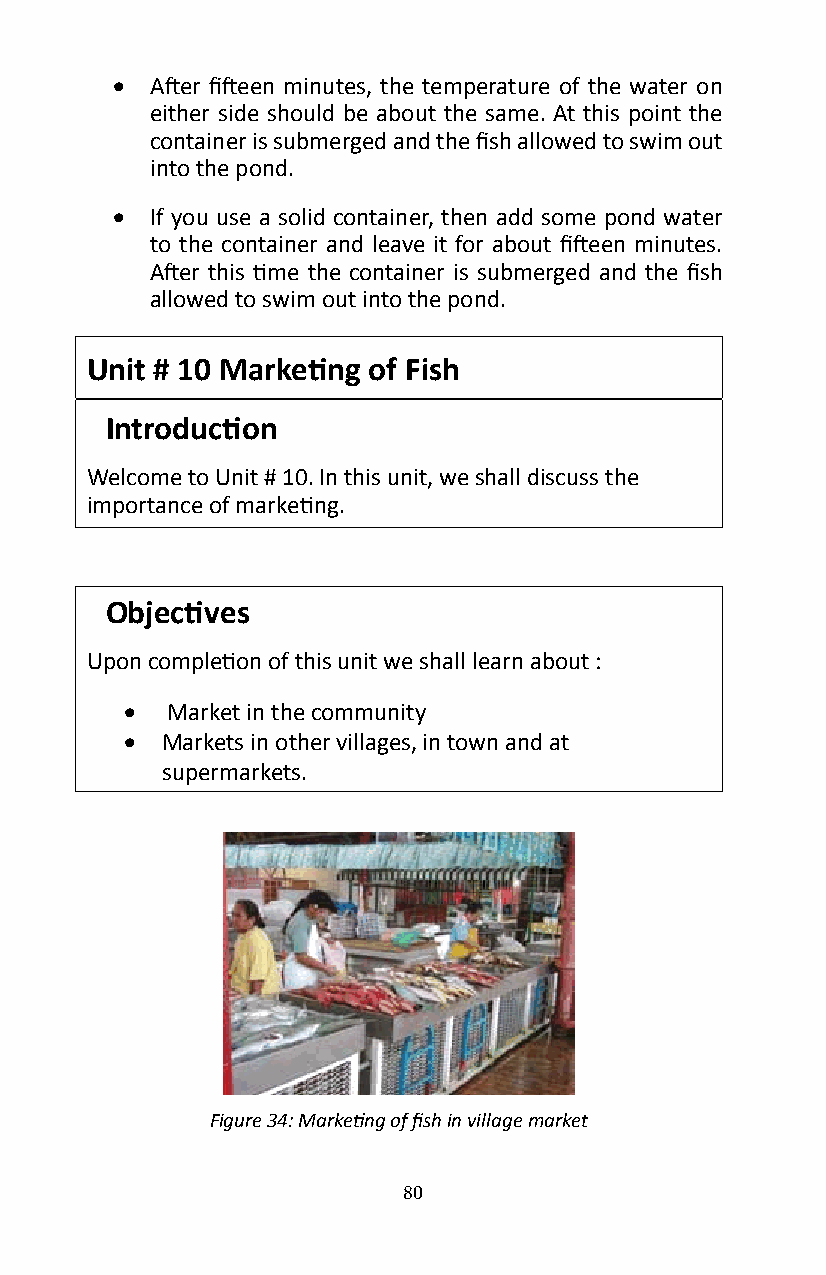
•  After fifteen minutes, the temperature of the water on
 either side should be about the same� At this point the
 container is submerged and the fish allowed to swim out
 into the pond�
 •  If you use a solid container, then add some pond water
 to the container and leave it for about fifteen minutes.
 After this time the container is submerged and the fish
 allowed to swim out into the pond�
 Unit # 10 Marketing of Fish
 Introduction
 Welcome to Unit # 10� In this unit, we shall discuss the
 importance of marketing.
 Objectives
 Upon completion of this unit we shall learn about :
 •  Market in the community
 •  Markets in other villages, in town and at
 supermarkets�
 Figure 34: Marketing of fish in village market
 80